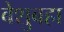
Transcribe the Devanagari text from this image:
बेशुबहा